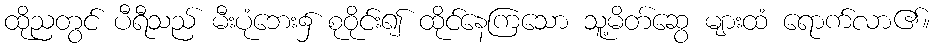
ထိုညတွင် ပီရီသည် မီးပုံဘေး၌ စုဝိုင်း၍ ထိုင်နေကြသော သူ့မိတ်ဆွေ များထံ ရောက်လာ၏။